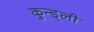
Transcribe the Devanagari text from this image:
कुन्ड्ली